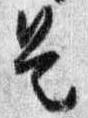
是